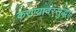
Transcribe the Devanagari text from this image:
करण्यावरसुद्धा